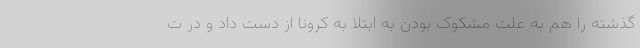
گذشته را هم به علت مشکوک بودن به ابتلا به کرونا از دست داد و در ت